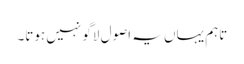
تاہم یہاں یہ اصول لاگو نہیں ہوتا۔